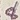
Text: 8